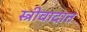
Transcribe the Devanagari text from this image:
स्त्रीवादात